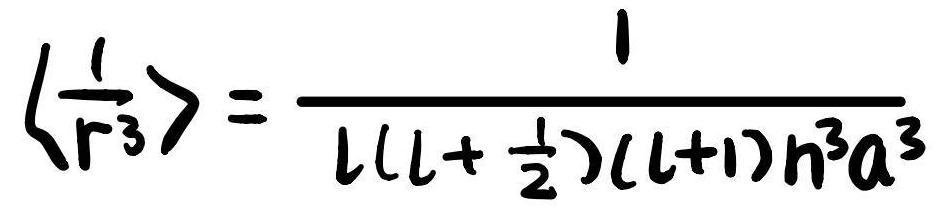
$\left\langle\frac{1}{r^{3}}\right\rangle=\frac{1}{l\left(l+\frac{1}{2}\right)(l+1) n^{3} a^{3}}$